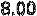
8.00